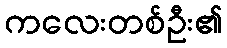
ကလေးတစ်ဦး၏